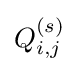
Q_{i,j}^{(s)}